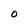
Character: 0